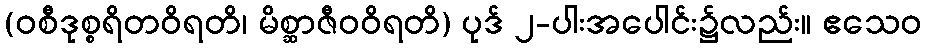
(ဝစီဒုစ္စရိတဝိရတိ၊ မိစ္ဆာဇီဝဝိရတိ) ပုဒ် ၂-ပါးအပေါင်း၌လည်း။ ဧသေဝ